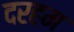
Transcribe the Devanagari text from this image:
दरहम